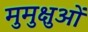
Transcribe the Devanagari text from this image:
मुमुक्षुओं